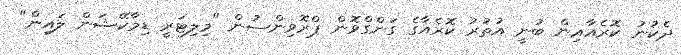
ދެކުނު ކޮރެއާއިން ބުނީ އުތުރު ކޮރެއާގެ ގަންގްވޮން ޕްރޮވިންސުން "މިލިޓަރީ ޑިމާކޭޝަން ލައިން"